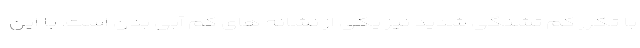
با تکرر کم تشنگی شدید نیز یکی از نشانه های کم آبی بدن است. با این